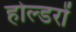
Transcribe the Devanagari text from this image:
होल्डरों